Scottish Leaving Certificate Examination, 1961
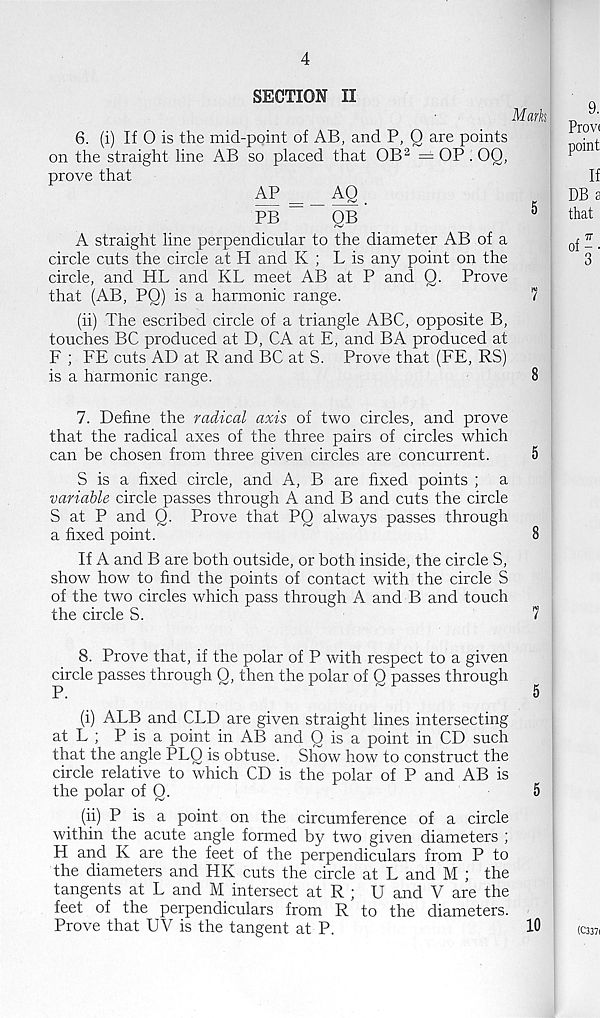
4
SECTION II
Mark
6. (i) If 0 is the mid-point of AB, and P, Q are points
on the straight line AB so placed that OB 2 = OP . 00,
prove that
=
,
PB
QB
5
A straight line perpendicular to the diameter AB of a
circle cuts the circle at H and K ; L is any point on the
circle, and HL and KL meet AB at P and Q. Prove
that (AB, PQ) is a harmonic range.
7
(ii) The escribed circle of a triangle ABC, opposite B,
touches BC produced at D, CA at E, and BA produced at
F ; FE cuts AD at R and BC at S. Prove that (FE, RS)
is a harmonic range.
8
7. Define the radical axis of two circles, and prove
that the radical axes of the three pairs of circles which
can be chosen from three given circles are concurrent.
5
S is a fixed circle, and A, B are fixed points ; a
variable circle passes through A and B and cuts the circle
S at P and Q. Prove that PQ always passes through
a fixed point.
8
If A and B are both outside, or both inside, the circle S,
show how to find the points of contact with the circle S
of the two circles which pass through A and B and touch
the circle S.
7
8. Prove that, if the polar of P with respect to a given
circle passes through Q, then the polar of Q passes through
P.
5
(i) ALB and CLD are given straight lines intersecting
at L ; P is a point in AB and Q is a point in CD such
that the angle PLQ is obtuse. Show how to construct the
circle relative to which CD is the polar of P and AB is
the polar of Q.
5
(ii) P is a point on the circumference of a circle
within the acute angle formed by two given diameters ;
H and K are the feet of the perpendiculars from P to
the diameters and HK cuts the circle at L and M ; the
tangents at L and M intersect at R ; U and V are the
feet of the perpendiculars from R to the diameters.
Prove that UV is the tangent at P.
10